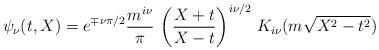
LaTeX: \begin{align*}\psi_\nu(t,X) =e^{ \mp \nu \pi / 2}\frac{m^{i\nu}}{\pi} \,\left( \frac{X + t}{X - t} \right)^{i\nu/2} \,K_{i\nu} (m \sqrt{X^2 - t^2})\end{align*}